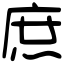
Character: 庶